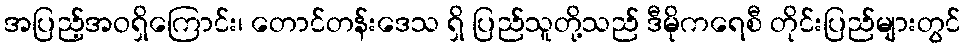
အပြည့်အဝရှိကြောင်း၊ တောင်တန်းဒေသ ရှိ ပြည်သူတို့သည် ဒီမိုကရေစီ တိုင်းပြည်များတွင်